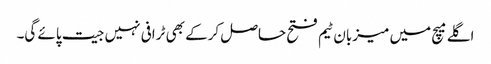
اگلے میچ میں میزبان ٹیم فتح حاصل کرکے بھی ٹرافی نہیں جیت پائے گی۔